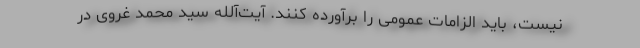
نیست، باید الزامات عمومی را برآورده کنند. آیت‌آلله سید محمد غروی در